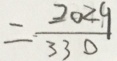
= \frac { 2 0 2 9 } { 3 3 0 }